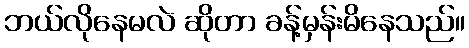
ဘယ်လိုနေမလဲ ဆိုတာ ခန့်မှန်းမိနေသည်။